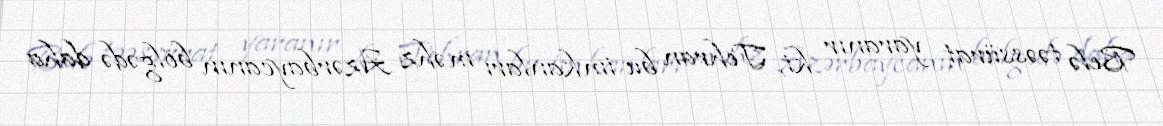
Belə təəssürat yaranır ki, Tehran bu imkanları məhz Azərbaycanın bölgədə daha